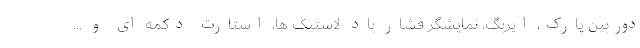
دوربین پارک، ایربگ، نمایشگر فشار باد لاستیک ها، استارت دکمه ای و ...